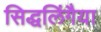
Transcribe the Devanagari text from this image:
सिद्धलिंगैया